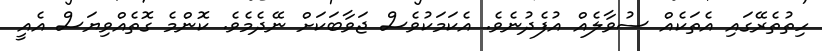
ހިތުތެރޭގައި އެތަކެއް ސުވާލެއް އުފެދުނެވެ. އެކަމަކުވެސް ޖަވާބަކަށް ނޭދެމެވެ. ކޮންމެ ގޮތެއްވިޔަސް އެއީ